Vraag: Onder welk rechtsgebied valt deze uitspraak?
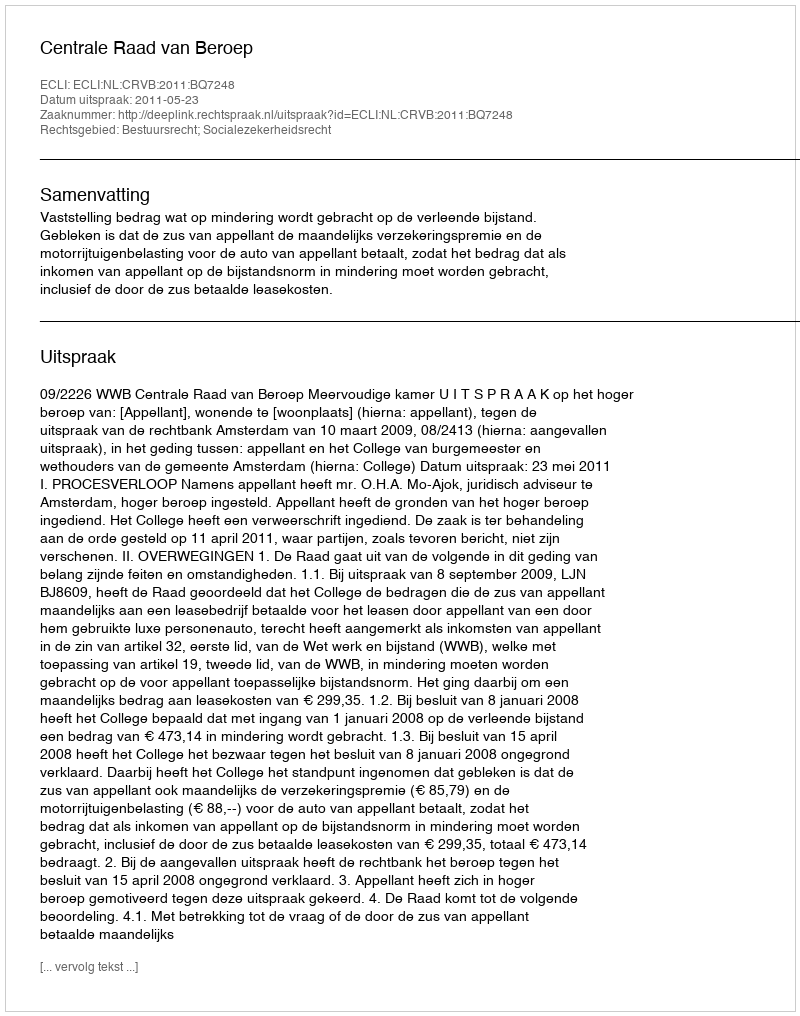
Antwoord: Bestuursrecht; Socialezekerheidsrecht